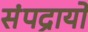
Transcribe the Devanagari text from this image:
संपद्रायों